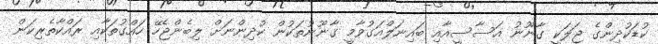
ކުޑަކުދިންގެ ޖަލަކީ ގާނޫނު އަސާސީއާއި ބައިނަލްއަގުވާމީ ގާނޫނުތަކުން ކުދިންނަށް ލިބެންޖެހޭ ހައްގުތަކާއި ރައްކާތެރިކަން